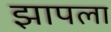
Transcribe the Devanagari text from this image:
झापला